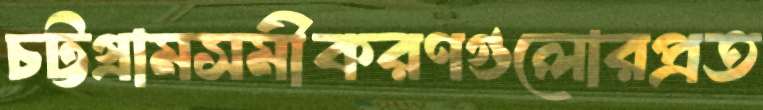
চট্টগ্রামসমীকরণগুলোরপ্রত